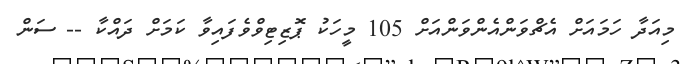
މިއަދާ ހަމައަށް އެޗްވަންއެންވަންއަށް 105 މީހަކު ޕޮޒިޓިވްވެފައިވާ ކަމަށް ދައްކާ -- ސަން